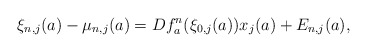
\begin{align*}\xi_{n,j}(a)-\mu_{n,j}(a)=Df_{a}^{n}(\xi_{0,j}(a))x_{j}(a)+ E_{n,j}(a),\end{align*}